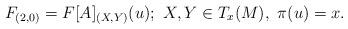
LaTeX: \begin{align*}F_{(2,0)} = F[A]_{(X,Y)}(u); \,\, X,Y\in T_{x}(M), \,\, \pi(u)=x.\end{align*}